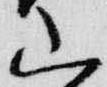
山